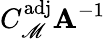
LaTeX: C_{\mathscr{M}}^{\mathrm{{adj}}}\mathbf{{A}}^{-1}